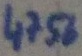
Text: 4756